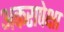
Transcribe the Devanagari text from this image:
अकरापेक्षा